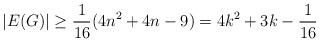
LaTeX: \begin{align*} |E(G)| \geq \frac{1}{16}(4n^2 + 4n - 9) = 4k^2 + 3k - \frac{1}{16}\end{align*}